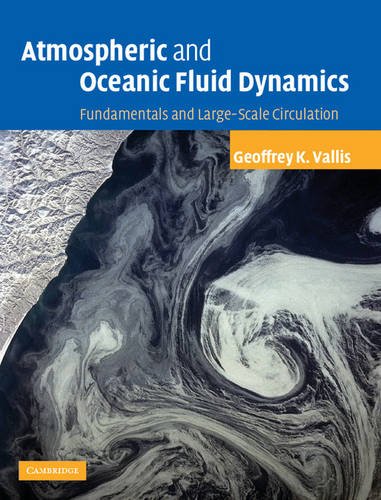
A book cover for Atmospheric and Oceanic Fluid Dynamics: Fundamentals and Large-scale Circulation; Geoffrey K. Vallis; Science & Math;